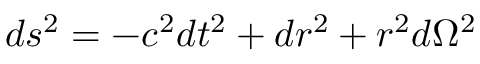
d s ^ { 2 } = - c ^ { 2 } d t ^ { 2 } + d r ^ { 2 } + r ^ { 2 } d \Omega ^ { 2 }